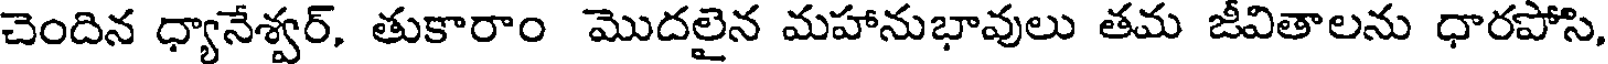
చెందిన ధ్యానేశ్వర్, తుకారాం మొదలైన మహానుభావులు తమ జీవితాలను ధారపోసి